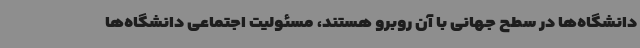
دانشگاه‌ها در سطح جهانی با آن روبرو هستند، مسئولیت اجتماعی دانشگاه‌ها